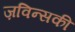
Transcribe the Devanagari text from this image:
ज़विन्सकी